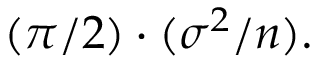
( { \pi } / { 2 } ) \cdot ( \sigma ^ { 2 } / n ) .